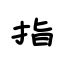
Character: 指